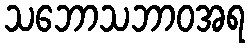
သဘောသဘာဝအရ